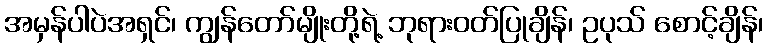
အမှန်ပါပဲအရှင်၊ ကျွန်တော်မျိုးတို့ရဲ့ ဘုရားဝတ်ပြုချိန်၊ ဥပုသ် စောင့်ချိန်၊